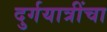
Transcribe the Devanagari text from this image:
दुर्गयात्रींचा